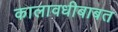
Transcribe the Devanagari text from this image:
कालावधीबाबत